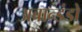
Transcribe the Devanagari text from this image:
अबान्डंडो